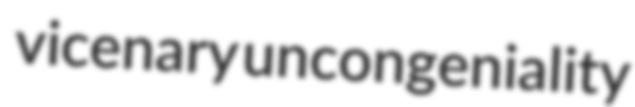
vicenary uncongeniality